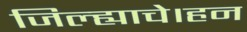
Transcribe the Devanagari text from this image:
जिल्ह्याचे।हन